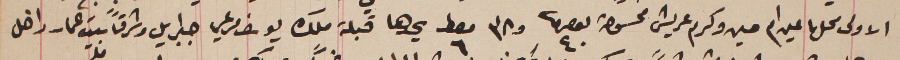
الاولى محلها عين ام حسين وكرم عريش ممسوحة نمرو ٤٠ و٣٨ معط ٦ يحدها قبلة ملك يوسف مرعي جبرايل وشرقاً بيت عمار داخل